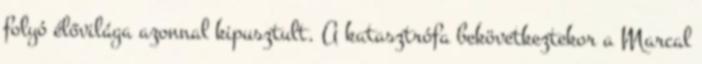
folyó élővilága azonnal kipusztult. A katasztrófa bekövetkeztekor a Marcal